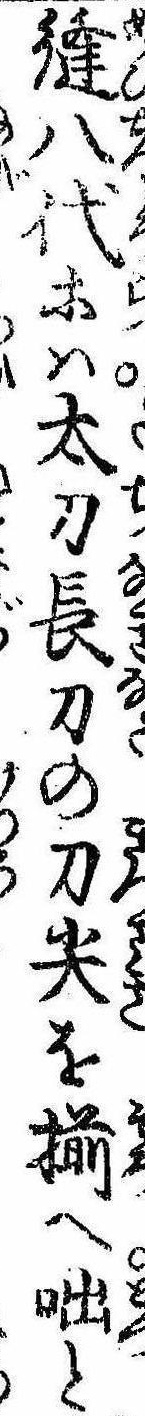
縫八代等は太刀長刀の刀尖を揃へ咄と